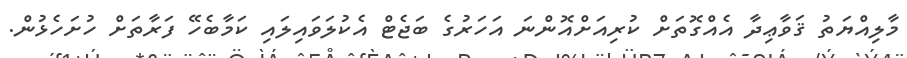
މާލިއްޔަތު ޤަވާޢިދާ އެއްގޮތަށް ކުރިއަށްއޮންނަ އަހަރުގެ ބަޖެޓް އެކުލަވައިލައި ކަމާބެހޭ ފަރާތަށް ހުށަހެޅުން.